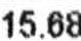
15.68